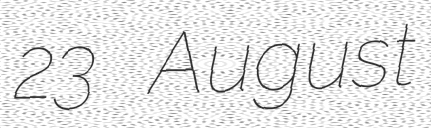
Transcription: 23 August